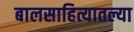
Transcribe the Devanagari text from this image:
बालसाहित्यातल्या